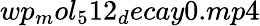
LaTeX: wp_{m}ol_{5}12_{d}ecay0.mp4